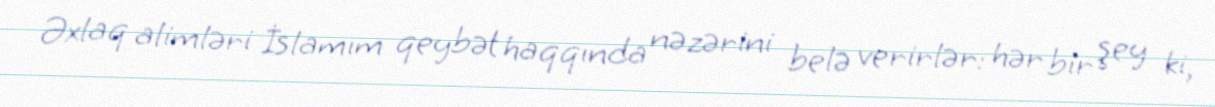
Əxlaq alimləri İslamım qeybət haqqında nəzərini belə verirlər: hər bir şey ki,